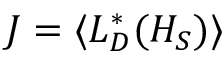
J = \langle L _ { D } ^ { * } ( H _ { S } ) \rangle